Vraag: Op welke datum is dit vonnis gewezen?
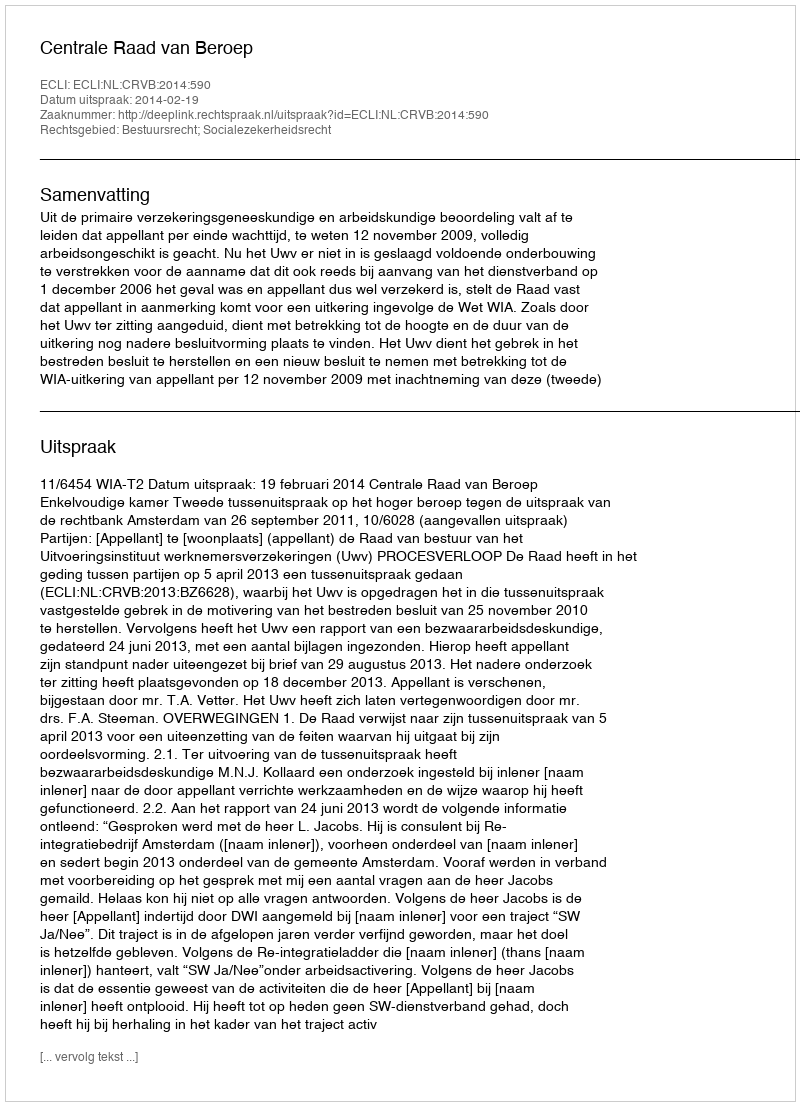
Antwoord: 2014-02-19